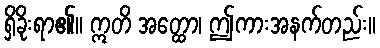
ရှိခိုးရာ၏။ ဣတိ အတ္ထော၊ ဤကားအနက်တည်း။